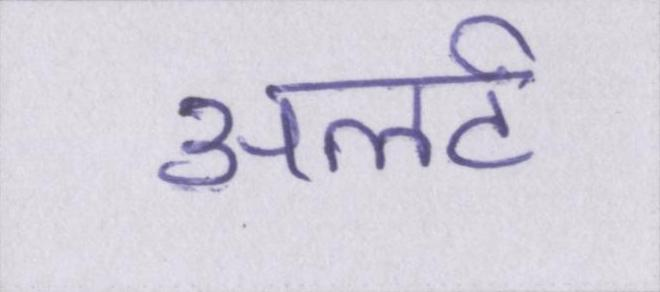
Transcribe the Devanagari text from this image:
अलर्ट